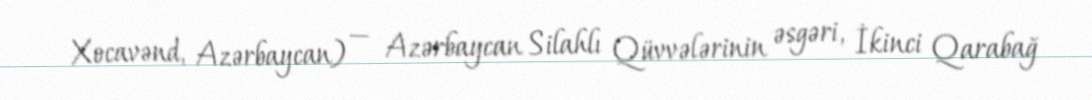
Xocavənd, Azərbaycan) — Azərbaycan Silahlı Qüvvələrinin əsgəri, İkinci Qarabağ